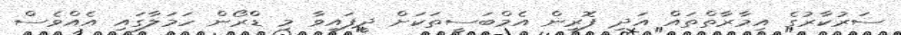
ސަރުކާރުގެ އިމާރާތްތައް އަދި ފޮރިން އެމްބަސީތަކަށް ދީފައިވާ މި ޑްރޯން ހަމަލާގައި އެއްވެސް